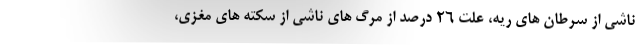
ناشی از سرطان های ریه، علت ۲۶ درصد از مرگ های ناشی از سکته های مغزی،